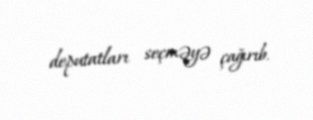
deputatları seçməyə çağırıb.